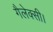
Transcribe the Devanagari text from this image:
गैलेक्सी।